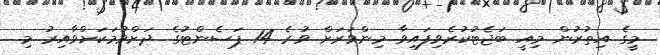
މީގެ އިތުރުން މިއީ ބަޖެޓުކުރެވިފައިވާ މިންވަރަށް ވުރެ 14 ޕަސެންޓުގެ ދަށްވުމަކަށްވާއިރު މި